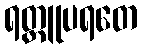
ရတ္တူပရတေ